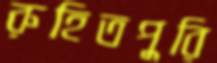
রুহিতপুরি